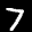
Label: 7